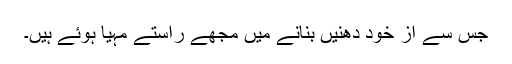
جس سے از خود دھنیں بنانے میں مجھے راستے مہیا ہُوئے ہیں۔